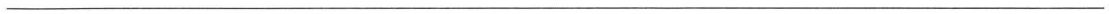
___